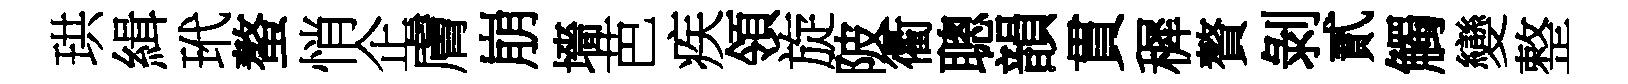
珙緝玳螯悄企膚崩墻芭疾領旋陂衢聰韻貫穉贅剝貳觸變整